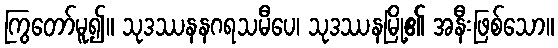
ကြွတော်မူ၍။ သုဒဿနနဂရသမီပေ၊ သုဒဿနမြို့၏ အနီးဖြစ်သော။